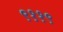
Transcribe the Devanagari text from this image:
९११९